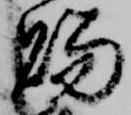
賜